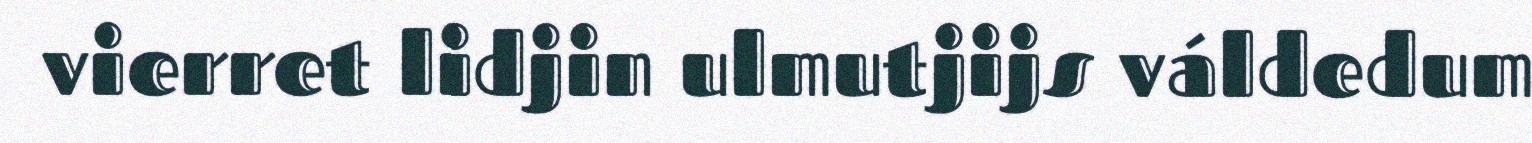
vierret lidjin ulmutjijs váldedum